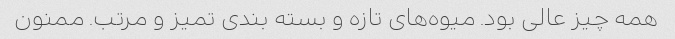
همه چیز عالی بود. میوه‌های تازه و بسته بندی تمیز و مرتب. ممنون